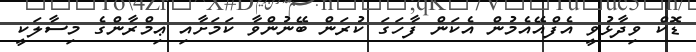
ޑޮކް ވިދާޅުވީ އެފްއޭއެމުން އެކަން ފާހަގަ ކުރަން ބޭނުންވާ ކަމަށާއި ޢިމްރާންގެ މިސާލަކީ